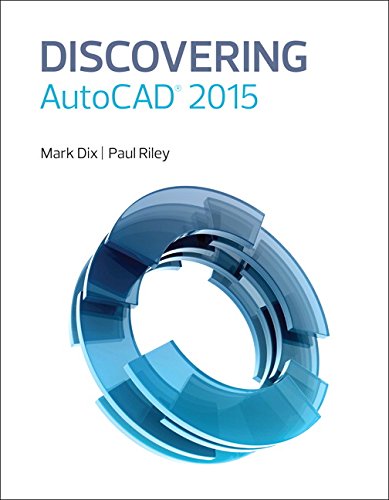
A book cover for Discovering AutoCAD 2015; Mark Dix; Computers & Technology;